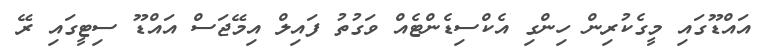
އައްޑޫގައި މީގެކުރިން ހިންގި އެކްސިޑެންޓެއް ވަގުތު ފައިލް އިމޭޖަސް އައްޑޫ ސިޓީގައި ރޭ